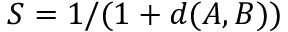
S = 1 / ( 1 + d ( A , B ) )